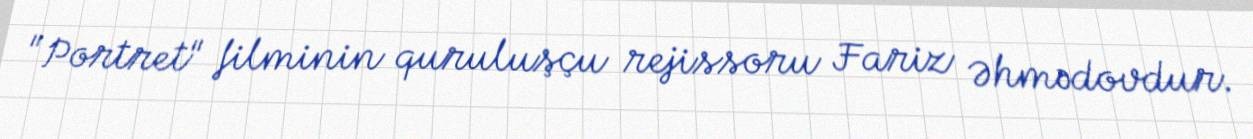
"Portret" filminin quruluşçu rejissoru Fariz Əhmədovdur.